Problem: 47 + 2 = ?
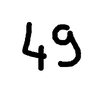
Handwritten answer: 49